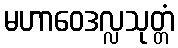
မဟာဝေဒလ္လသုတ္တံ